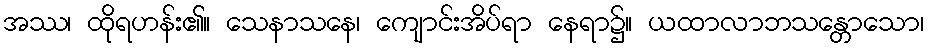
အဿ၊ ထိုရဟန်း၏။ သေနာသနေ၊ ကျောင်းအိပ်ရာ နေရာ၌။ ယထာလာဘသန္တောသော၊